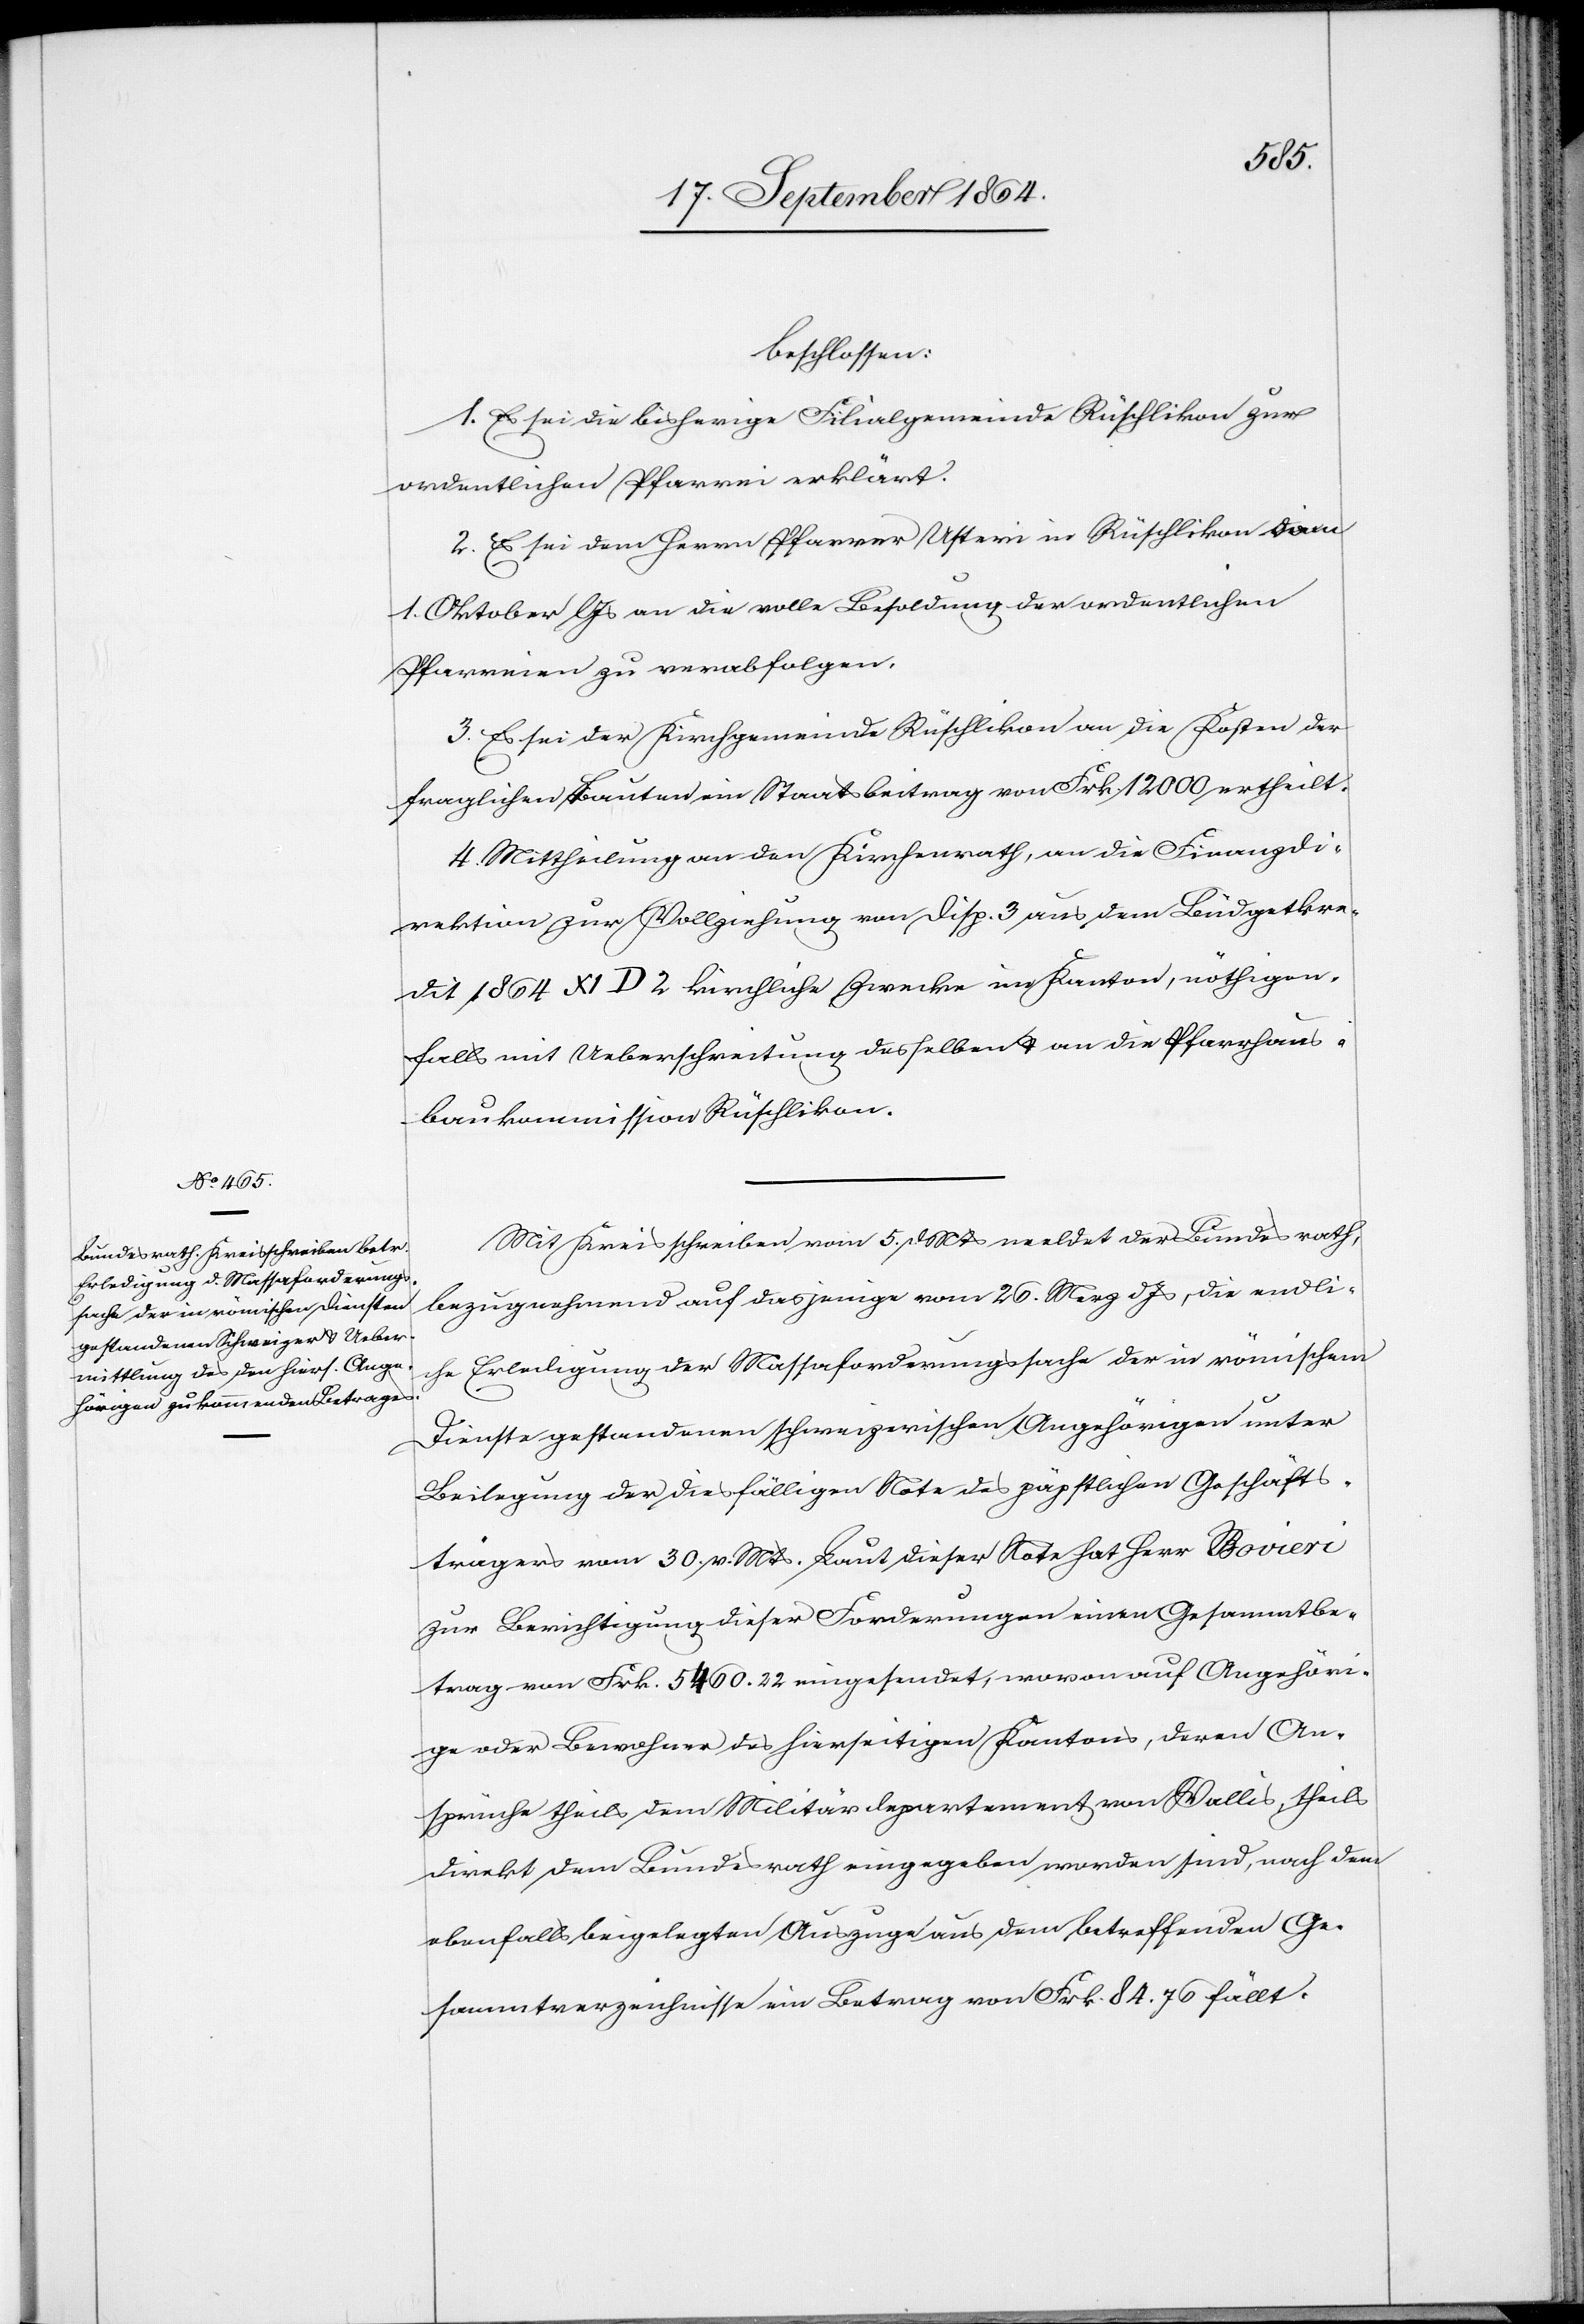
beschlossen:
1. Es sei die bisherige Filialgemeinde Rüschlikon zur
ordentlichen Pfarrei erklärt.
2. Es sei dem Herrn Pfarrer Usteri in Rüschlikon vom
1. Oktober l. Js an die volle Besoldung der ordentlichen
Pfarreien zu verabfolgen.
3. Es sei der Kirchgemeinde Rüschlikon an die Kosten der
fraglichen Bauten ein Staatsbeitrag von Frk. 12 000 ertheilt.
4. Mittheilung an den Kirchenrath, an die Finanzdi¬
rektion zur Vollziehung von Disp. 3 aus dem Büdgetkre¬
dit 1864 XI D 2 kirchliche Zwecke im Kanton, nöthigen¬
falls mit Ueberschreitung desselben & an die Pfarrhaus¬
baukommission Rüschlikon.
Mit Kreisschreiben vom 5. d. Mts meldet der Bundesrath,
bezugnehmend auf dasjenige vom 25. Merz d. Js, die endli¬
che Erledigung der Massaforderungssache der in römischem
Dienste gestandenen schweizerischen Angehörigen unter
Beilegung der diesfälligen Note des päpstlichen Geschäfts¬
trägers vom 30. v. Mts. Laut dieser Note hat Herr Boveri
zur Berichtigung dieser Forderungen einen Gesammtbe¬
trag von Frk. 5 460.22 eingesendet, wovon auf Angehöri¬
ge oder Bewohner des hierseitigen Kantons, deren An¬
sprüche theils dem Militärdepartement von Wallis, theils
direkt dem Bundesrath eingegeben worden sind, nach dem
ebenfalls beigelegten Auszuge aus dem betreffenden Ge¬
sammtverzeichnisse ein Betrag von Frk. 84.76 fällt.